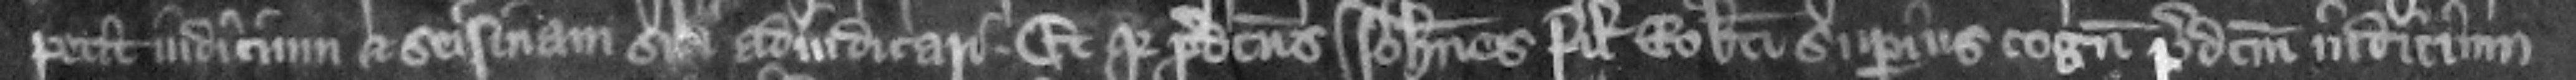
petit iudicium et seisinam sibi adiudicari. Et quia predictus Iohannes filius Roberti superius cognouit predictum iudicium